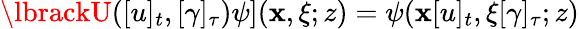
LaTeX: \lbrackU([u]_{t},[\gamma]_{\tau})\psi](\mathbf{x},\xi;z)=\psi(\mathbf{x}[u]_{t},\xi\lbrack\gamma]_{\tau};z)